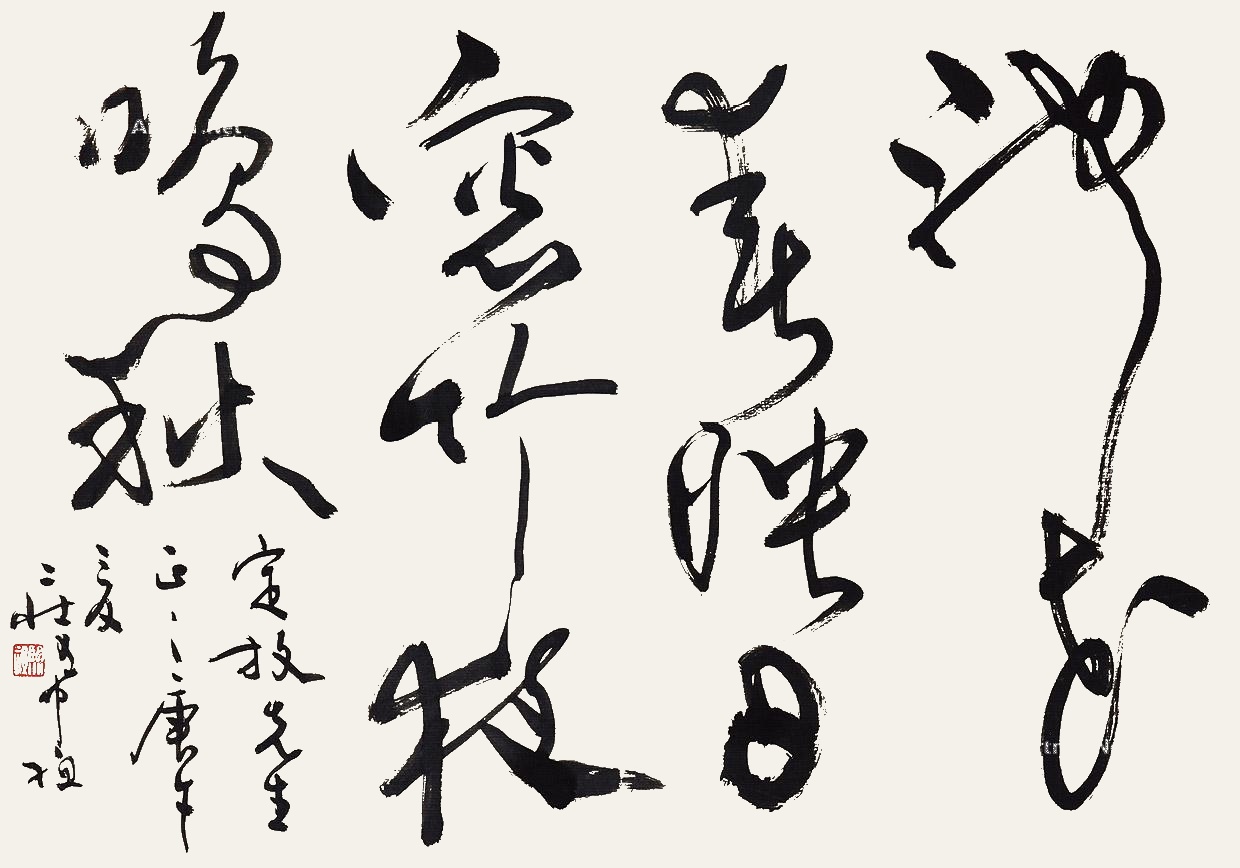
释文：池花春映日，窗竹夜鸣秋。定放先生正之，庚午夏，庄希祖。